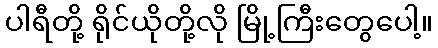
ပါရီတို့ ရိုင်ယိုတို့လို မြို့ကြီးတွေပေါ့။